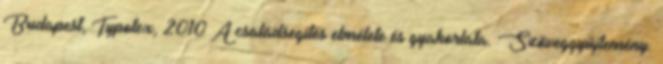
Budapest, Typotex, 2010 A családsegítés elmélete és gyakorlata. Szöveggyűjtemény.